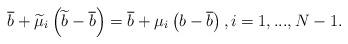
LaTeX: \begin{align*}\overline{b}+\widetilde{\mu }_{i}\left( \widetilde{b}-\overline{b}\right) =\overline{b}+\mu _{i}\left( b-\overline{b}\right) ,i=1,...,N-1.\end{align*}